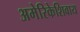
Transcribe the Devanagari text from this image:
अमेरिकेशिवाय